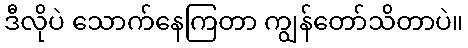
ဒီလိုပဲ သောက်နေကြတာ ကျွန်တော်သိတာပဲ။